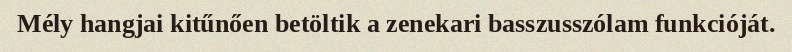
Mély hangjai kitűnően betöltik a zenekari basszusszólam funkcióját.